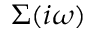
\Sigma ( i \omega )